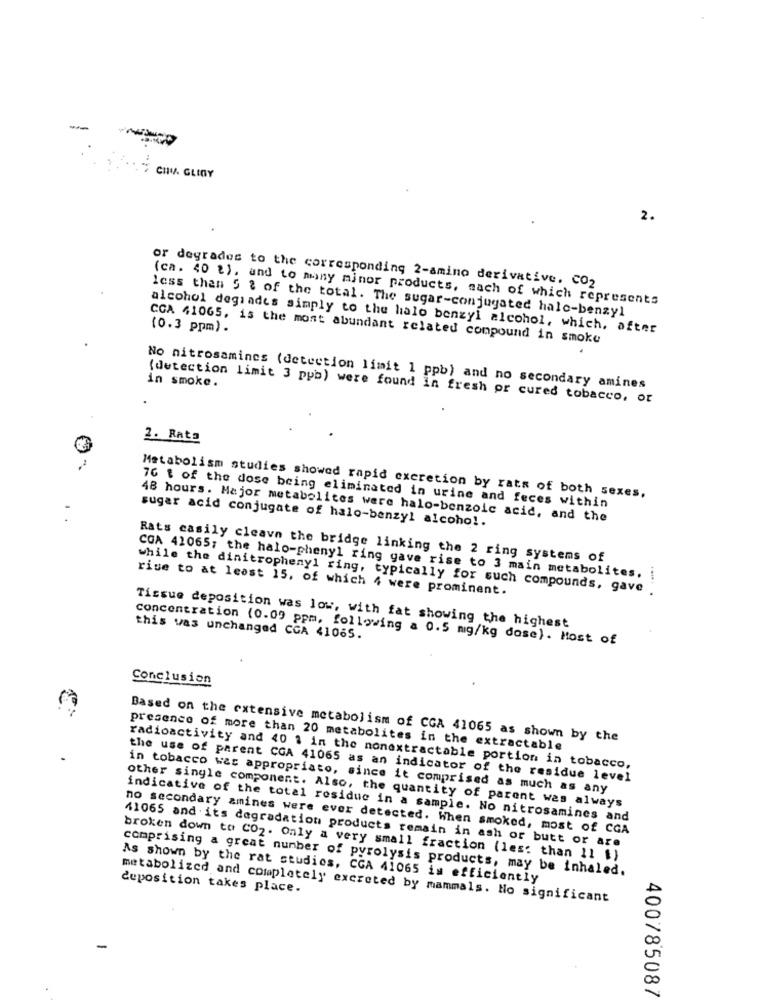
-
" CHV. GLINY
2.
or degrades to the corresponding 2-amino derivative. CO2
(ca. 40 2), and to many minor products, sach of which represents
less than 5 ? of the total. The sugar-conjugated hale-benzyl
alcohol degrades simply to the halo benzyl alcohol, which, after
(0.3 ppm).
CCA 41065, is the most abundant related compound in smoke
in smoke.
No nitrosamines (detection limit 1 ppb) and no secondary amines
(detection limit 3 ppb) were found in fresh or cured tobacco, or
2. Rate
Metabolism studies showed rapid excretion by rats of both sexes,
76 t of the dose being eliminated in urine and feces within
sugar acid conjugate of halo-benzyl alcohol.
48 hours. Major metabolites were halo-benzoic acid, and the
Rats casily cleave the bridge linking the 2 ring systems of
COA 41065; the halo-phenyl ring gave rise to 3 main metabolites.
rise to at least 15, of which 4 were prominent.
while the dinitrophenyl ring, typically for such compounds, gave
.-... .
Tissue deposition was low, with fat showing the highest
this was unchanged CCA 41065.
concentration (0.09 ppm, following a 0.5 mg/kg dose). Most of
Conclusion
Based on the extensive metabolism of CGA 41065 as shown by the
presence of more than 20 metabolites in the extractable
radioactivity and 40 . in the nonextractable portion in tobacco,
the use of parent CGA 41065 as an indicator of the residue level
in tobacco was appropriato, since it comprised as much as any
other single component. Also, the quantity of parent was always
indicative of the total residue in a sample. No nitrosamines and
no secondary amines were ever detected. When smoked, most of CGA
41065 and its degradation products remain in ash or butt or are
broken down to CO2. Only a very small fraction (les: than 11 $)
comprising a great number of pyrolysis products, may be inhaled.
As shown by the rat studies, CGA 41065 is efficiently
deposition takes place.
metabolized and completely excreted by mammals. Ho significant
400785087